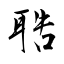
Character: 聕